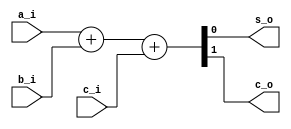
`timescale 1ns / 1ps
//////////////////////////////////////////////////////////////////////////////////
// Company: 
// Engineer: 
// 
// Design Name: 
// Module Name: full_adder
// Project Name: 
// Target Devices: 
// Tool Versions: 
// Description: 
// 
// Dependencies: 
// 
// Revision:
// Revision 0.01 - File Created
// Additional Comments:
// 
//////////////////////////////////////////////////////////////////////////////////


module fa(
input a_i,
input b_i,
input c_i,
output s_o,
output c_o);


assign {c_o,s_o} = a_i + b_i + c_i;

endmodule